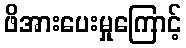
ဖိအားပေးမှုကြောင့်